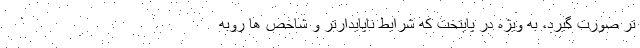
تر صورت گیرد، به ویژه در پایتخت که شرایط ناپایدارتر و شاخص ها روبه